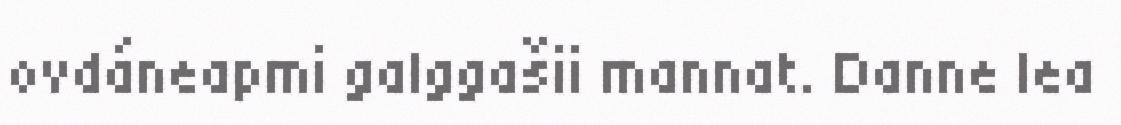
ovdáneapmi galggašii mannat. Danne lea